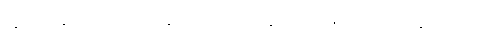
ဆင့်ဆင့်တက်ကြောင်း ဆက်ဖို့ကောင်းလည်း